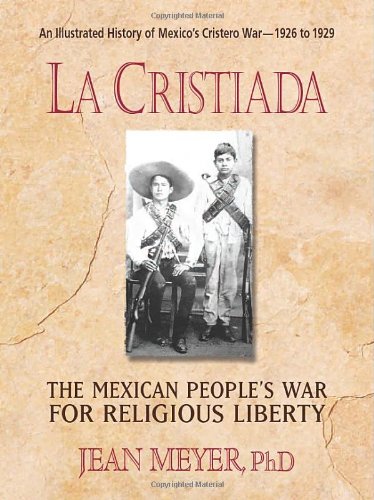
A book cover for La Cristiada: The Mexican People's War for Religious Liberty; Jean Meyer; History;